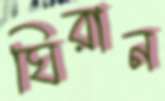
ঘিরান